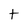
Character: t